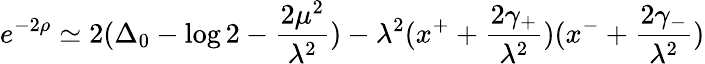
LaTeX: e^{-2\rho}\simeq 2(\Delta_{0}-\log 2-\frac{2\mu^{2}}{\lambda^{2}})-\lambda^{2}(x^{+}+\frac{2\gamma_{+}}{\lambda^{2}})(x^{-}+\frac{2\gamma_{-}}{\lambda^{2}})